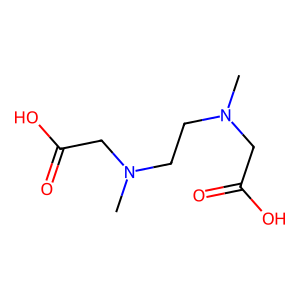
SMILES: CN(CCN(C)CC(=O)O)CC(=O)O
Inhibits HIV replication: No